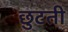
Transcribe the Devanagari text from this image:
छुटती